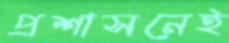
প্রশাসনেই